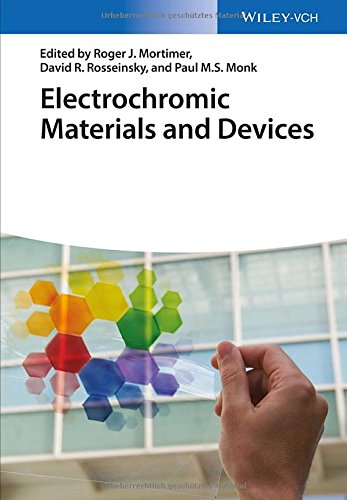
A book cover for Electrochromic Materials and Devices; Science & Math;